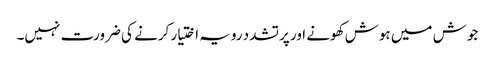
جوش میں ہوش کھونے اور پرتشدد رویہ اختیار کرنے کی ضرورت نہیں۔